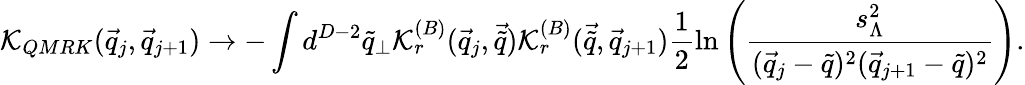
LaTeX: {\cal K}_{QMRK}(\vec{q}_{j},\vec{q}_{j+1})\rightarrow-\int{d^{D-2}\tilde{q}_{\perp}}{\cal K}_{r}^{(B)}(\vec{q}_{j},\vec{\tilde{q}}){\cal K}_{r}^{(B)}(\vec{\tilde{q}},\vec{q}_{j+1})\frac{1}{2}\ln\left(\frac{s_{\Lambda}^{2}}{(\vec{q}_{j}-\tilde{q})^{2}(\vec{q}_{j+1}-\tilde{q})^{2}}\right).